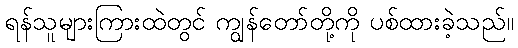
ရန်သူများကြားထဲတွင် ကျွန်တော်တို့ကို ပစ်ထားခဲ့သည်။